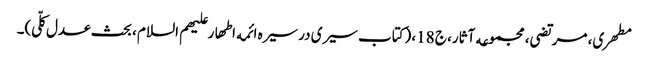
مطهری، مرتضی، مجموعه آثار، ج 18، (کتاب سیری در سیره ائمه اطهار علیهم السلام ، بحث عدل کلّی)۔